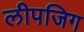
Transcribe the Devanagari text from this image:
लीपजिग